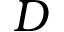
D